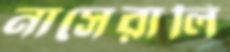
নাসেরালি